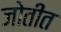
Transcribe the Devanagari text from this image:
जोतींत